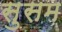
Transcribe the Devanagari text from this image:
सुसम